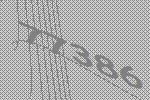
77386